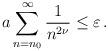
LaTeX: \begin{align*}a\sum_{ n= n_0}^{\infty}\frac{1}{n^{2\nu}}\le\varepsilon\,.\end{align*}